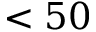
< 5 0